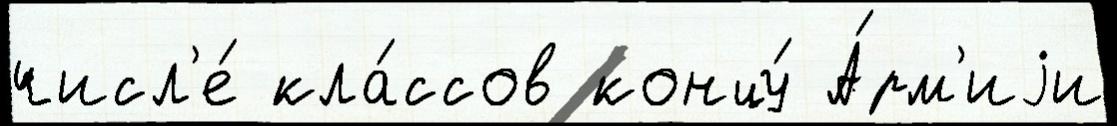
числ'е́ кла́ссов концу́ А́рм'иjи